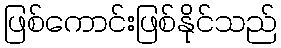
ဖြစ်ကောင်းဖြစ်နိုင်သည်